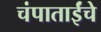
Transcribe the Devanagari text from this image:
चंपाताईंचे